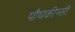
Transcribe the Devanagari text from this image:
पौघकीप्सी